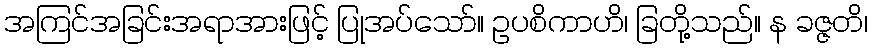
အကြင်အခြင်းအရာအားဖြင့် ပြုအပ်သော်။ ဥပစိကာဟိ၊ ခြတို့သည်။ န ခဇ္ဇတိ၊